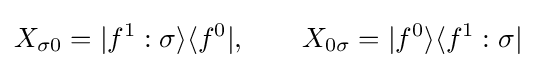
X_{\sigma 0}=\vert f^{1}:\sigma \rangle \langle f^{0}\vert ,\qquad X_{0\sigma }=\vert f^{0}\rangle \langle f^{1}:\sigma \vert